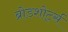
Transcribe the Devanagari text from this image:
ब्रोडशोर्ट्स